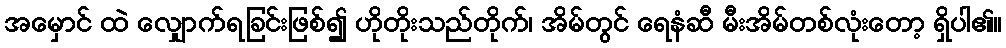
အမှောင် ထဲ လျှောက်ရခြင်းဖြစ်၍ ဟိုတိုးသည်တိုက်၊ အိမ်တွင် ရေနံဆီ မီးအိမ်တစ်လုံးတော့ ရှိပါ၏။